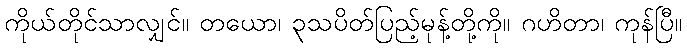
ကိုယ်တိုင်သာလျှင်။ တယော၊ ၃သပိတ်ပြည့်မုန့်တို့ကို။ ဂဟိတာ၊ ကုန်ပြီ။